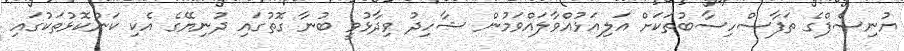
ޔުނިސެފްގެ ތަފާސްހިސާބުތަކަށް އަލިއަޅުއްވާލައްވަމުން ޝާހިދު ވިދާޅުވީ ބުނާ ގޮތުގައި ދުނިޔޭގެ އެކި ކަންކޮޅުތަކުގައި